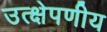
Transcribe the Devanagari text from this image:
उत्क्षेपणीय